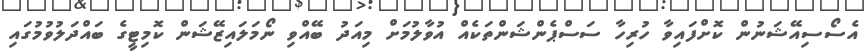
އެސޯސިއޭޝަނުން ކޮށްފައިވާ ހުރިހާ ސަސްޕެންޝަންތަކެއް އުވާލުމަށް މިއަދު ބޭއްްވި ނޯމަލައިޒޭޝަން ކޮމިޓީގެ ބައްދަލުވުމުގައި